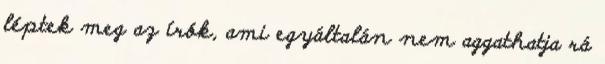
léptek meg az írók, ami egyáltalán nem aggathatja rá